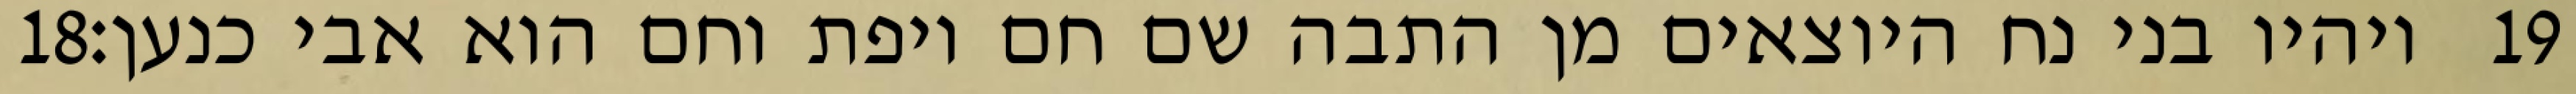
‎18‏ ויהיו בני נח היוצאים מן התבה שם חם ויפת וחם הוא אבי כנען׃ ‎19‏